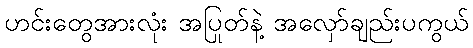
ဟင်းတွေအားလုံး အပြုတ်နဲ့ အလှော်ချည်းပကွယ်